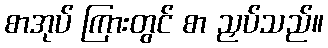
စာအုပ် ကြားတွင် စာ ညှပ်သည်။